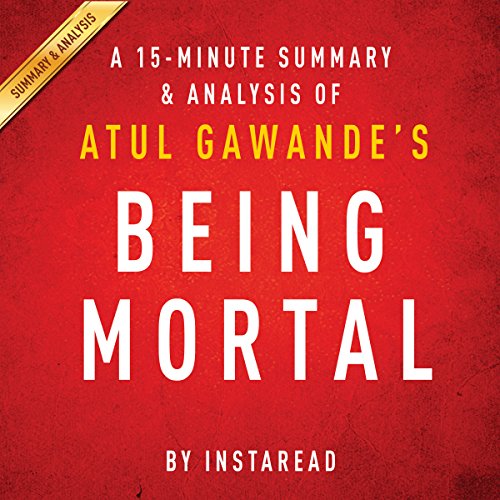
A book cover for A 20-minute Summary of Atul Gawande's Being Mortal: Medicine and What Matters in the End;  Instaread Summaries; Medical Books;